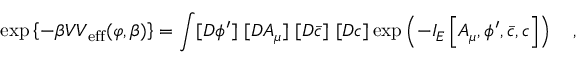
\exp \left\{ - \beta { \cal V } V _ { \mathrm { e f f } } ( \varphi , \beta ) \right\} = \int [ D \phi ^ { \prime } ] ~ [ D A _ { \mu } ] ~ [ D \bar { c } ] ~ [ D c ] \exp \left( - I _ { E } \left[ A _ { \mu } , \phi ^ { \prime } , \bar { c } , c \right] \right) ~ ~ ~ ,